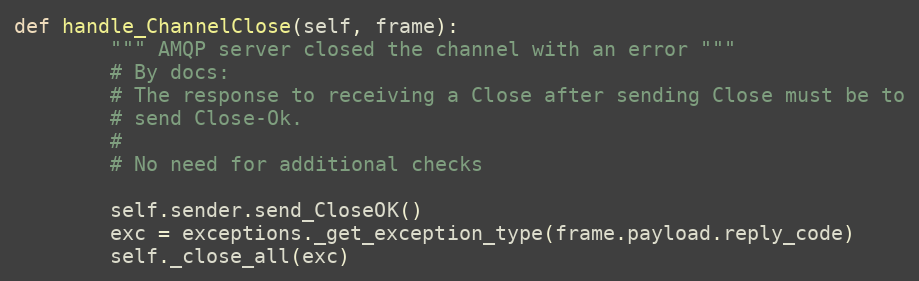
Language: Python
def handle_ChannelClose(self, frame):
        """ AMQP server closed the channel with an error """
        # By docs:
        # The response to receiving a Close after sending Close must be to
        # send Close-Ok.
        #
        # No need for additional checks

        self.sender.send_CloseOK()
        exc = exceptions._get_exception_type(frame.payload.reply_code)
        self._close_all(exc)